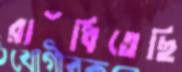
রাঁধিতেছি